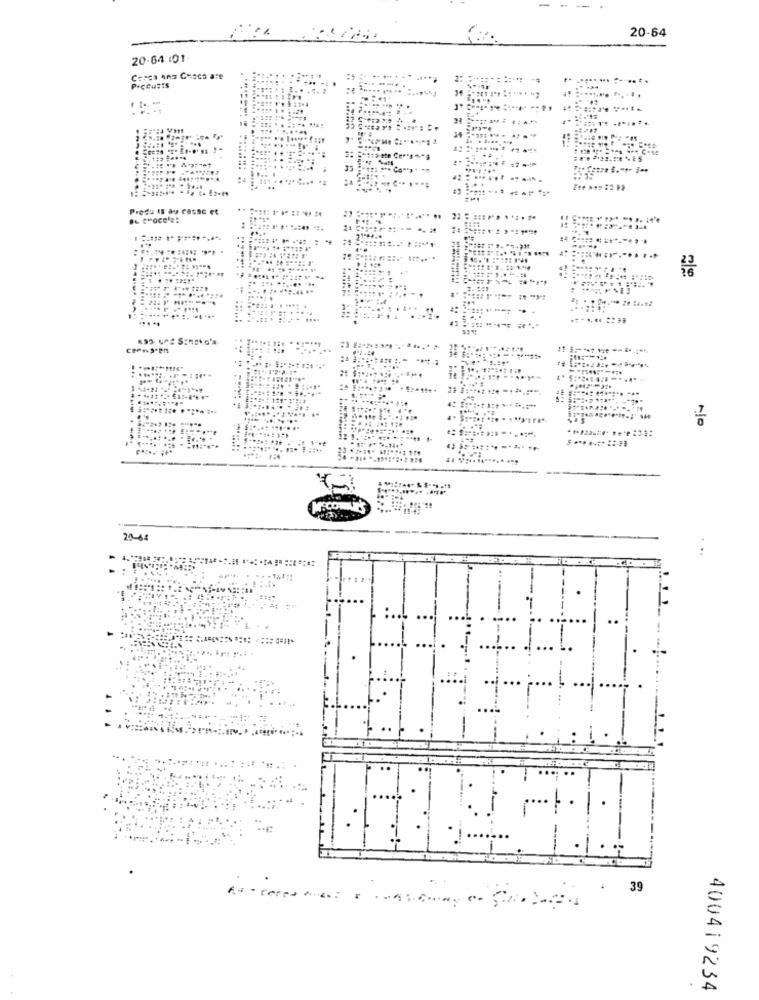
-
-
20-64
20.64 :01
Cerca ano Ceses are
...
-=
....... ......
PICEuRIS
3.
2:
. ..
=========
Predu IS Du casse et
21 ***
.. ... ..... ...
."221
20-44
39
400419234